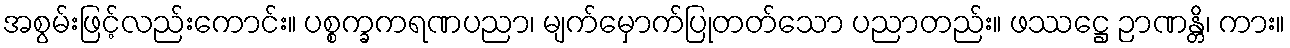
အစွမ်းဖြင့်လည်းကောင်း။ ပစ္စက္ခကရဏပညာ၊ မျက်မှောက်ပြုတတ်သော ပညာတည်း။ ဖဿဋ္ဌေ ဉာဏန္တိ၊ ကား။